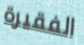
الفقيرة